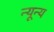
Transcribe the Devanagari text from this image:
न्यून्य